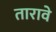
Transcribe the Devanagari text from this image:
तारावे